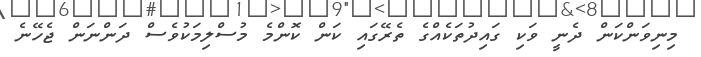
މިނިވަންކަން ދެނީ ވަކި ގައިދުތަކެއްގެ ތެރޭގައި ކަން ކޮންމެ މުސްލިމަކުވެސް ދަންނަން ޖެހޭނެ